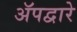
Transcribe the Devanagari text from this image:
ॲपद्वारे